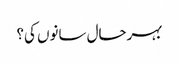
بہرحال سانوں کی؟